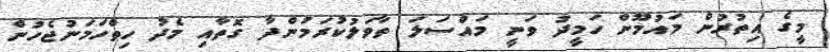
މީގެ އިތުރުން މައުމޫން ހަމީދު ވަނީ މައްސަލަ ތާވަލުކުރަމުންދާ ގޮތާއި މެދު ހިތްހަމަނުޖެހުން